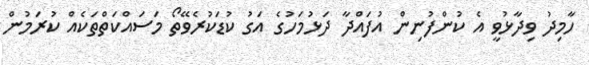
ހާމިދު ވިދާޅުވީ އެ ކުންފުނިން އުފައްދާ ދަޅުމަހުގެ އަގު ކުޑަކުރެވޭތޯ މަސައްކަތްތަކެއް ކުރަމުން